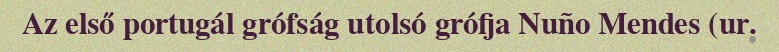
Az első portugál grófság utolsó grófja Nuño Mendes (ur.